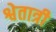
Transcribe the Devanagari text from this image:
श्वेतात्री